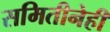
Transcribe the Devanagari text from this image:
समितीनेही